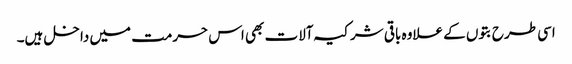
اسی طرح بتوں کے علاوہ باقی شرکیہ آلات بھی اس حرمت میں داخل ہیں۔